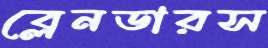
ব্লেনডারস